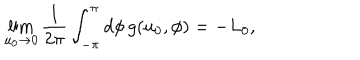
\lim _ { u _ { 0 } \rightarrow 0 } \frac { 1 } { 2 \pi } \int _ { - \pi } ^ { \pi } d \phi \, g ( u _ { 0 } , \phi ) = - L _ { 0 } ,